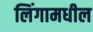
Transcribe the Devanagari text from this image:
लिंगामधील